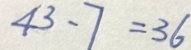
4 3 - 7 = 3 6